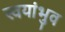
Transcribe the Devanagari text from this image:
स्वयांभुव